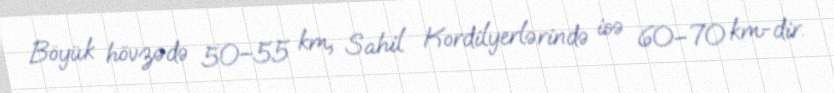
Böyük hövzədə 50–55 km, Sahil Kordilyerlərində isə 60–70 km-dir.